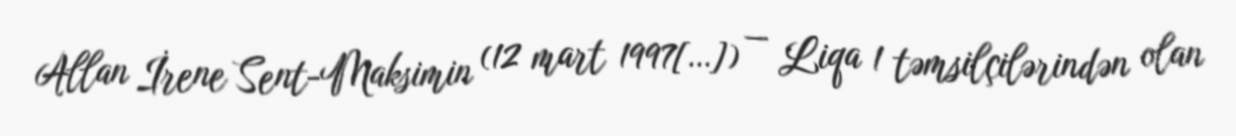
Allan İrene Sent-Maksimin (12 mart 1997[…]) — Liqa 1 təmsilçilərindən olan